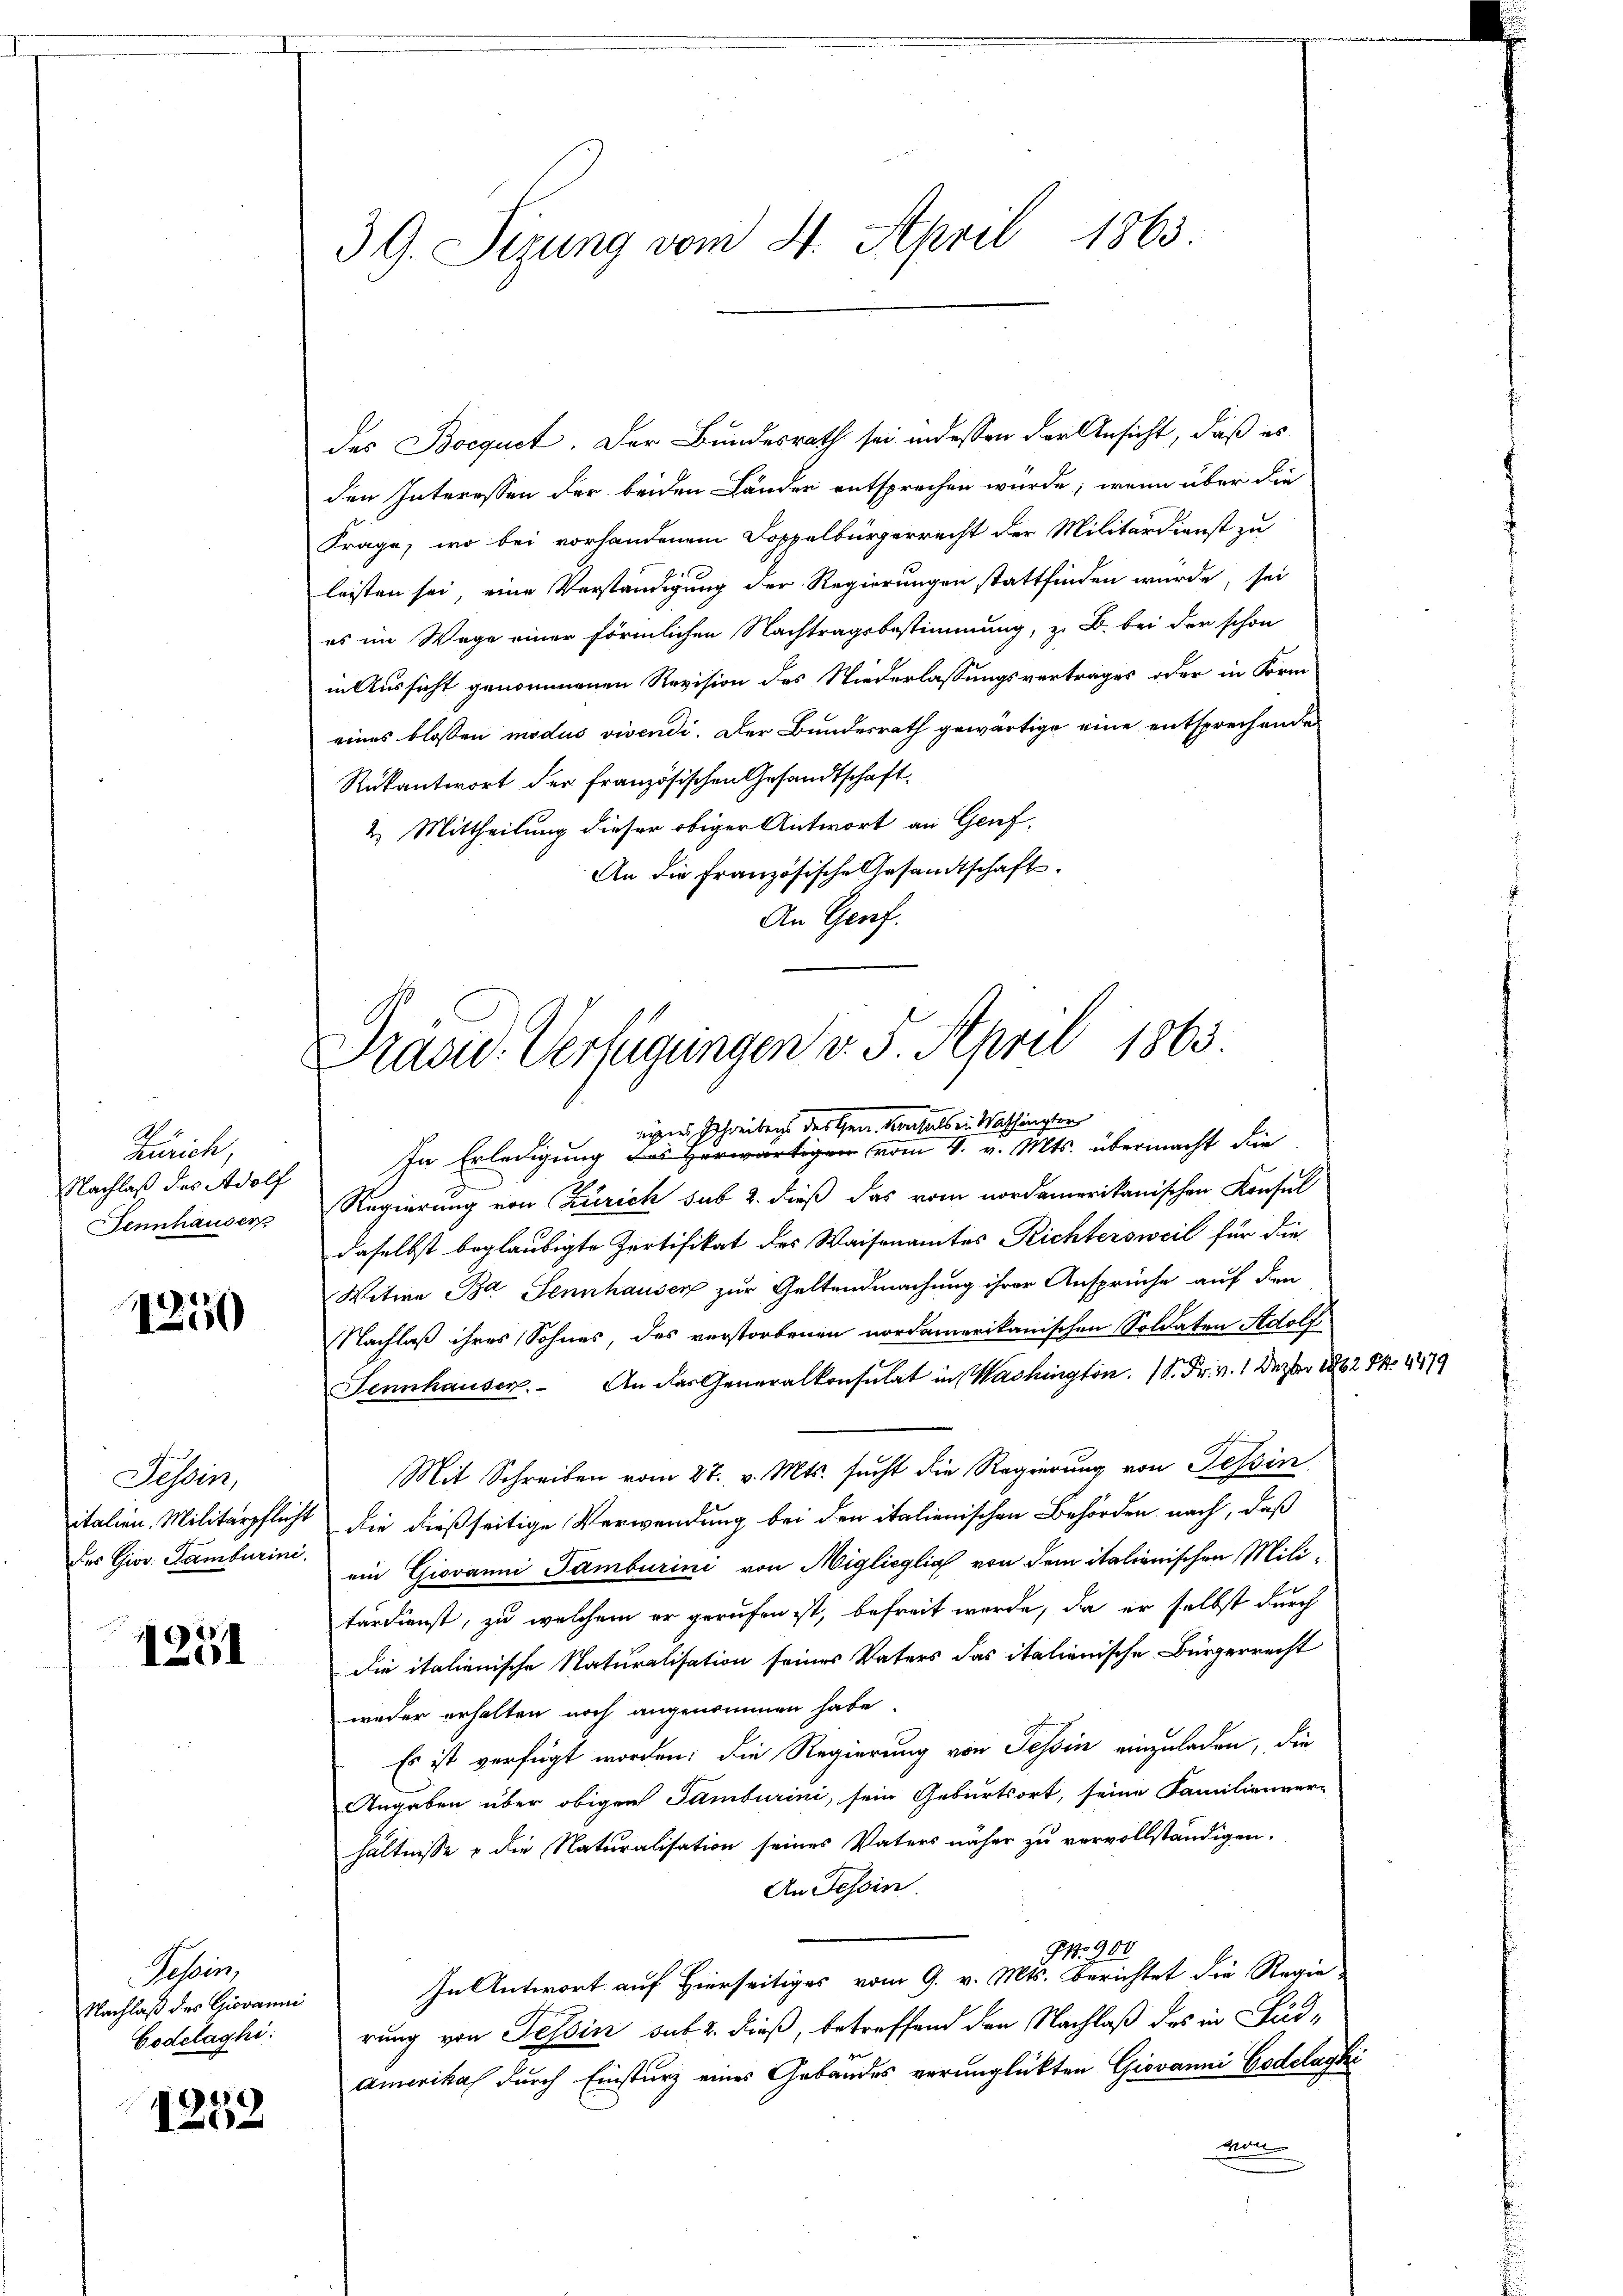
A
Zürich,
Nachlaß des Adolf
Sennhauser

1250

Fessen,
italien. Militärpfliche
des Giov. Lamburini.

1251

Tessin,
Nachlaß des Giovanni
Godelaghi:

12
125

39. Sizung vom 3. April 1863.

des Bocqust. Der Bundesrath sei indessen der Ansicht, daß es
den Interessen der beiden Länder entsprechen würde; wenn über die
Frage, wo bei vorhandenem Doppelbürgerrecht der Militärdienst zu
leisten sei, eine Verständigung der Regierungen stattfinden wurde, sei
es im Wege einer förmlichen Nachtragsbestimmung, z. B. bei der schon
in Aussicht genommenen Revision des Niederlassungsvertrages oder in Form
eines blossen modus vivendi. Der Bundesrath gewärtige eine entsprechende
Rükantwort der französischen Gesandtschaft.
2. Mittheilung dieser obiger Antwort an Genf,
An die Französische Gesandtschaft.
An Genf.

Prasw. Verfügungen v. 5. April 1863.
eigers Schreibens des Gen. Vonhalb ein Washingten

In Erledigung des erwärtigen vom 1. v. Mts. übermacht die
Regierung von Zürich sub 2. dieß das vom nordamerikanischen Konsul
daselbst beglaubigte Zertifikat des Waisenamtes Richtersweil für die
Witwe B. Sennhauser zur Geltendmachung ihrer Ansprüche auf den
NNachlaß ihres Sohnes, des verstorbenen nordamerikanischen Soldaten Adolf
Sennhauser. An das Generalkonsulat in Washington. 18. Fr. v. 1 Dezbr 1862 No 1879
Mit Schreiben vom 27. v. Mts. sucht die Regierung von Tessin
4 die dießseitige Verwendung bei den italienischen Behörden nach, daß
ein Giovanni Tamburini von Miglicglia von dem italienischen Militärdienst, zu welchem er gerufen ist, befreit werde, da er selbst durch
die italienische Naturalisation seines Vaters das italienische Bürgerrecht
weder erhalten noch angenommen habe
Es ist verfügt worden; die Regierung von Tessin einzuladen, die
Angaben über obigen Tamburini, sein Geburtsort, seine Familienver-
hältnisse & die Naturalisation seines Vaters näher zu vervollständigen.
An Tessin
G. 900
In Antwort auf Hierseitiges vom 9. v. Mts. Berichtet die Regie
rung von Tessin sub 2. dieß, betreffend den Nachlaß des in Süd-
amerikas durch Einsturz eines Gebäudes verunglückten Giovanni Godelaghi
Man